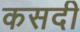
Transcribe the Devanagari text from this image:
कसदी